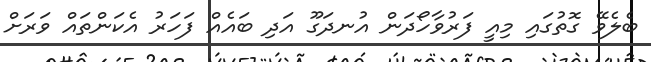
ބެލެވޭ ގޮތުގައި މިއީ ފަރުވާހޯދަން އުނދަގޫ އަދި ބައެއް ފަހަރު އެކަންތައް ވަރަށް